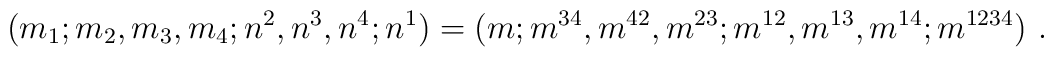
(m_1;m_2,m_3,m_4;n^2,n^3,n^4;n^1)=(m;m^{34},m^{42},m^{23};m^{12},m^{13},m^{14};m^{1234}) \ .